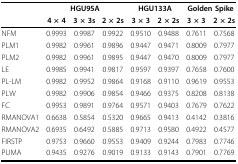
<table><thead><tr><td></td><td colspan="3"><b>HGU95A</b></td><td colspan="2"><b>HGU133A</b></td><td colspan="2"><b>Golden Spike</b></td></tr><tr><td></td><td><b>4 × 4</b></td><td><b>3 × 3s</b></td><td><b>2 × 2s</b></td><td><b>3 × 3</b></td><td><b>2 × 2s</b></td><td><b>3 × 3</b></td><td><b>2 × 2s</b></td></tr></thead><tbody><tr><td>NFM</td><td>0.9993</td><td>0.9987</td><td>0.9922</td><td>0.9510</td><td>0.9488</td><td>0.7611</td><td>0.7568</td></tr><tr><td>PLM1</td><td>0.9982</td><td>0.9961</td><td>0.9896</td><td>0.9447</td><td>0.9471</td><td>0.8009</td><td>0.7977</td></tr><tr><td>PLM2</td><td>0.9982</td><td>0.9961</td><td>0.9895</td><td>0.9447</td><td>0.9470</td><td>0.8009</td><td>0.7977</td></tr><tr><td>LE</td><td>0.9985</td><td>0.9941</td><td>0.9817</td><td>0.9597</td><td>0.9397</td><td>0.7658</td><td>0.7600</td></tr><tr><td>PL-LM</td><td>0.9982</td><td>0.9952</td><td>0.9864</td><td>0.9168</td><td>0.9110</td><td>0.9619</td><td>0.9553</td></tr><tr><td>PLW</td><td>0.9982</td><td>0.9906</td><td>0.9854</td><td>0.9466</td><td>0.9375</td><td>0.8208</td><td>0.8138</td></tr><tr><td>FC</td><td>0.9953</td><td>0.9891</td><td>0.9764</td><td>0.9571</td><td>0.9403</td><td>0.7679</td><td>0.7622</td></tr><tr><td>RMANOVA1</td><td>0.6638</td><td>0.5854</td><td>0.5320</td><td>0.9665</td><td>0.9413</td><td>0.4142</td><td>0.3816</td></tr><tr><td>RMANOVA2</td><td>0.6935</td><td>0.6492</td><td>0.5885</td><td>0.9713</td><td>0.9580</td><td>0.4922</td><td>0.4577</td></tr><tr><td>FIRSTP</td><td>0.9753</td><td>0.9660</td><td>0.9553</td><td>0.9409</td><td>0.9244</td><td>0.7983</td><td>0.7746</td></tr><tr><td>PUMA</td><td>0.9435</td><td>0.9276</td><td>0.9019</td><td>0.9133</td><td>0.9143</td><td>0.7901</td><td>0.7769</td></tr></tbody></table>